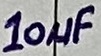
Text: 10µF